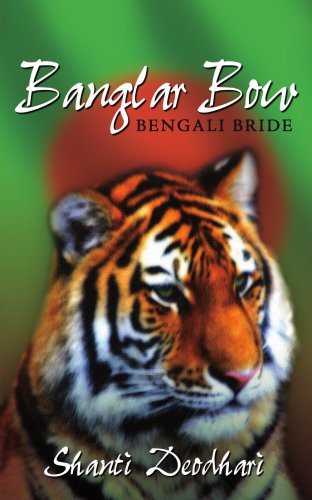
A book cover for Banglar Bow (Bengali Bride); byshmanie deodhari; Travel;